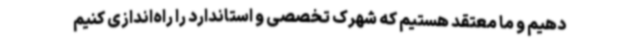
دهیم و ما معتقد هستیم که شهرک تخصصی و استاندارد را راه‌اندازی کنیم